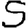
Digit: 5